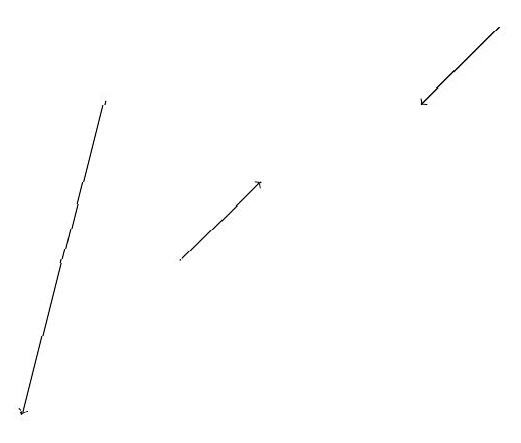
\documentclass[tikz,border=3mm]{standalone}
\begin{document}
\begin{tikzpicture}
\draw[->] (8,19) -- (7,18);
\draw[->] (3,18) -- (2,14);
\draw[->] (4,16) -- (5,17);
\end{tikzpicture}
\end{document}